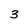
Character: 3